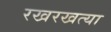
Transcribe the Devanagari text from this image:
रखरखत्या